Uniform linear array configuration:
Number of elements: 4
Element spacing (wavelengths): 0.5
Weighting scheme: hann
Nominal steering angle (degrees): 45
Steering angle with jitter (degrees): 45.303
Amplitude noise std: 0.05
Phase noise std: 0.05

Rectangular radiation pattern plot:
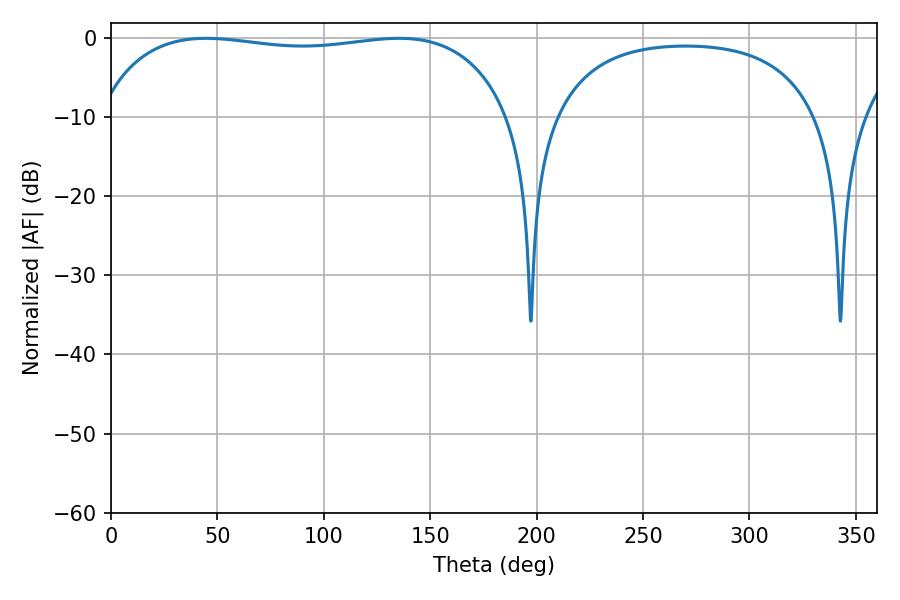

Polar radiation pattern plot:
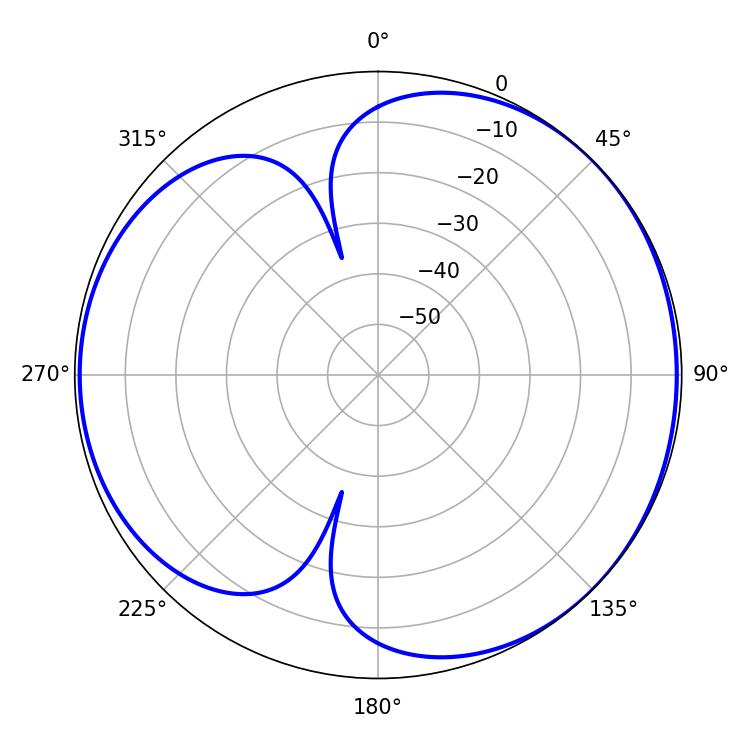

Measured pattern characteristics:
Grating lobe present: FALSE
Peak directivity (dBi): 4.45
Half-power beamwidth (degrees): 156.24
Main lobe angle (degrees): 44.64